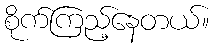
စိုက်ကြည့်နေတယ်။